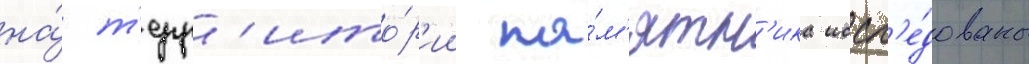
на́ т'ерр'ито́р'ии па́м'ятн'ика иссл'е́дованы